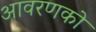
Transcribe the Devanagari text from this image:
आवरणको